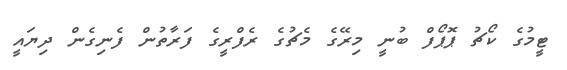
ޓީމުގެ ކޯޗު ޕޮޕޯފް ބުނީ މިރޭގެ މެޗުގެ ރެފްރީގެ ފަރާތުން ފެނިގެން ދިޔައީ